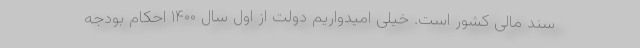
سند مالی کشور است. خیلی امیدواریم دولت از اول سال ۱۴۰۰ احکام بودجه